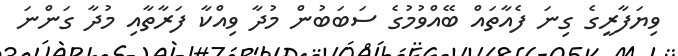
ވިޔަފާރީގެ ގިނަ ފެއާތައް ބޭއްވުމުގެ ސަބަބުން މުދާ ވިއްކާ ފަރާތާއި މުދާ ގަންނަ